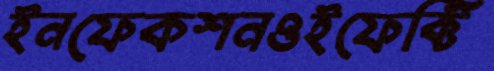
ইনফেকশনওইফেক্টি